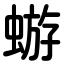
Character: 蝣